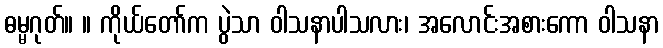
ဓမ္မဂုတ်။ ။ ကိုယ်တော်က ပွဲသာ ဝါသနာပါသလား၊ အလောင်းအစားကော ဝါသနာ